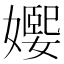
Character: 𡢰